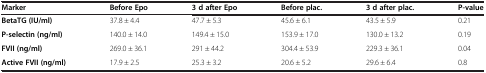
| Marker | Before Epo | 3 d after Epo | Before plac. | 3 d after plac. | P-value |
 | --- | --- | --- | --- | --- | --- |
 | BetaTG (IU/ml) | 37.8 ± 4.4 | 47.7 ± 5.3 | 45.6 ± 6.1 | 43.5 ± 5.9 | 0.21 |
 | P-selectin (ng/ml) | 140.0 ± 14.0 | 149.4 ± 15.0 | 153.9 ± 17.0 | 130.0 ± 13.2 | 0.19 |
 | FVII (ng/ml) | 269.0 ± 36.1 | 291 ± 44.2 | 304.4 ± 53.9 | 229.3 ± 36.1 | 0.04 |
 | Active FVII (ng/ml) | 17.9 ± 2.5 | 25.3 ± 3.2 | 20.6 ± 5.2 | 29.6 ± 6.4 | 0.8 |